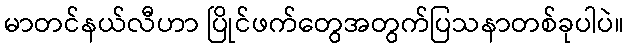
မာတင်နယ်လီဟာ ပြိုင်ဖက်တွေအတွက်ပြသနာတစ်ခုပါပဲ။